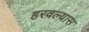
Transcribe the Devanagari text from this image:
हरवल्यास